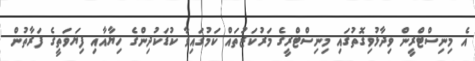
އެ މިނިސްޓްރީިން ވިދާޅުވިގޮތުގައި މިނިސްޓްރީގެ މަރުކަޒުތައް ކަމުގައިވާ ކުޑަކުދިންގެ ހިޔާއާއި ފިޔަވަތީގެ ފަރާތުން